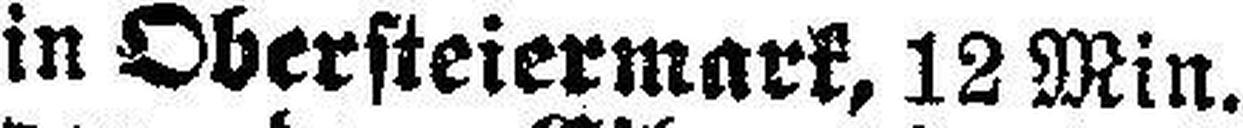
in Obersteiermark, 12 Min.